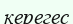
керегес